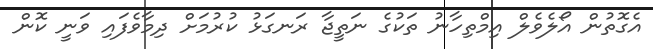
އެގޮތުން އޯލެވެލް އިމްތިހާނު ތަކުގެ ނަތީޖާ ރަނގަޅު ކުރުމަށް ދިމާވެފައި ވަނީ ކޮން